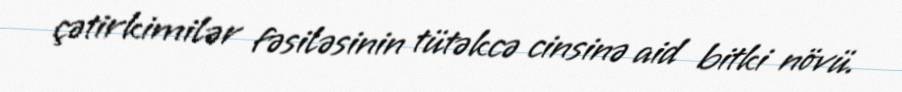
çətirkimilər fəsiləsinin tütəkcə cinsinə aid bitki növü.